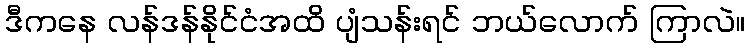
ဒီကနေ လန်ဒန်နိုင်ငံအထိ ပျံသန်းရင် ဘယ်လောက် ကြာလဲ။